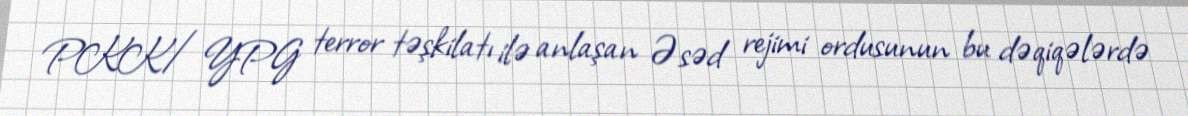
PKK/YPG terror təşkilatı ilə anlaşan Əsəd rejimi ordusunun bu dəqiqələrdə